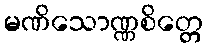
မဏိသောဏ္ဏစိတ္တေ